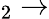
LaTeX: _2\rightarrow